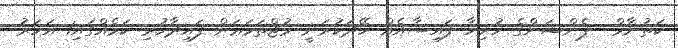
ކަތުނާމް  ޕެންޝަންގެ ހުރިހާ ފައިސާއެއް ހޭދަކުރަނީ މުޖްތަމަޢަށް ފައިދާހުރި ކަމެއްގައި1 އަހަރު